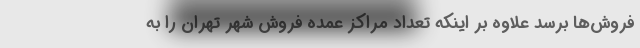
فروش‌ها برسد علاوه بر اینکه تعداد مراکز عمده فروش شهر تهران را به